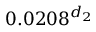
0 . 0 2 0 8 ^ { d _ { 2 } }